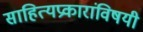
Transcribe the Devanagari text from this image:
साहित्यप्रकारांविषयी